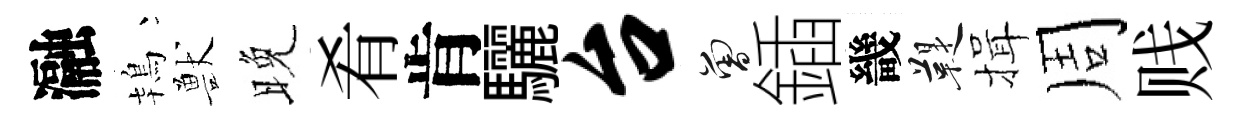
瀜鴇獸晚肴肯驪台曾鍤畿鞮揖周贱